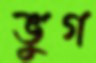
ভুগ